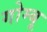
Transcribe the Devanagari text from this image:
गोम्बू